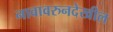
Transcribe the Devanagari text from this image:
नावावरुनदेखील